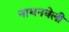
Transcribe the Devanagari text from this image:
नाथनवेली